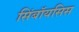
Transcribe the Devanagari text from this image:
सिंबॉयसिस